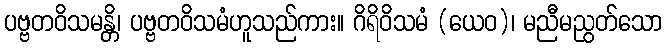
ပဗ္ဗတဝိသမန္တိ၊ ပဗ္ဗတဝိသမံဟူသည်ကား။ ဂိရိဝိသမံ (ယေဝ)၊ မညီမညွတ်သော